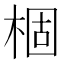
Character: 棝